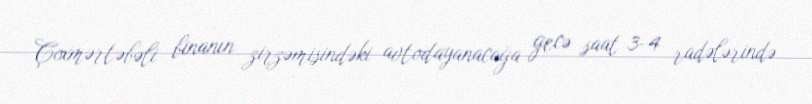
Çoxmərtəbəli binanın zirzəmisindəki avtodayanacağa gecə saat 3-4 radələrində